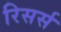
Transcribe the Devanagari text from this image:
रिसर्स